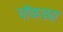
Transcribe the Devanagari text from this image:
चौकड्या